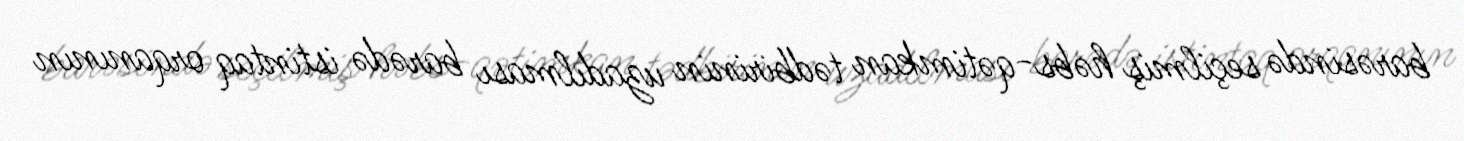
barəsində seçilmiş həbs-qətimkan tədbirinin uzadılması barədə istintaq orqanının